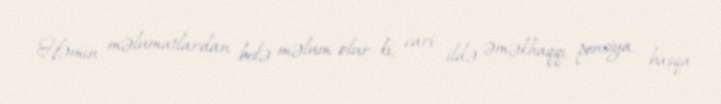
Həmin məlumatlardan belə məlum olur ki, cari ildə əməkhaqqı, pensiya, başqa